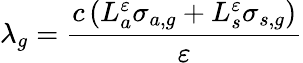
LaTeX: \lambda_{g}=\frac{c\left(L_{a}^{\varepsilon}\sigma_{a,g}+L_{s}^{\varepsilon}\sigma_{s,g}\right)}{\varepsilon}